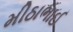
મીઠાભાઈ